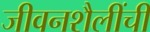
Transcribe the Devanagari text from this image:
जीवनशैलींची